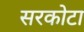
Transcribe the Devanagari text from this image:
सरकोटा